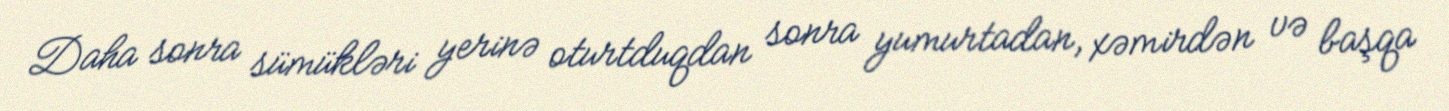
Daha sonra sümükləri yerinə oturtduqdan sonra yumurtadan, xəmirdən və başqa